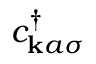
c _ { \mathbf { k } a \sigma } ^ { \dagger }